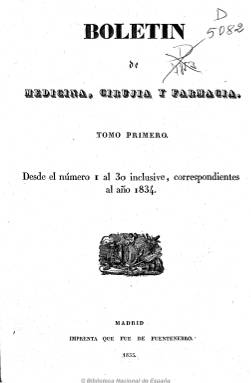
Título: Boletín de medicina, cirugía y farmacia
Colección: Medicina || Farmacia
Ámbito geográfico: Madrid
Lugar de publicación: Madrid
Fechas: 05/06/1834-24/12/1853

Primer periódico médico, nacido en el marco de libertad de prensa que se instaura tras la muerte de Fernando VII. Siendo ministro de Fomento Javier de Burgos, se dicta un  decreto de 1 de enero (completado por el posterior reglamento de 10 de junio) de 1834, para regular la prensa, y en el que se legisla que no necesitan licencia ni censura previas los periódicos que traten de materias literarias y científicas, y sí las que traten de política o religión.
Fundado en junio de 1834 por Mariano Delgrás, Ortiz, Traspeña y Codorníu, tuvo como colaborador destacado a Francisco Méndez Álvaro, que llega a ser director y propietario, y que tras fundarse la Asociación de la Prensa Médico-Farmacéutica, en 1875, se convierte en su primer presidente.
En 1853 se funde con la “Gaceta médica” y de esta fusión nace el “Siglo médico”
En la polémica existente pos esos años en el ámbito médico, esta revista se manifestó defensora de la separación entre la medicina y la cirugía.